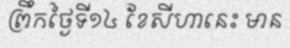
ព្រឹកថ្ងៃទី១៤ ខែសីហានេះ មាន